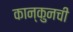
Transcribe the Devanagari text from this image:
कान्कुनची